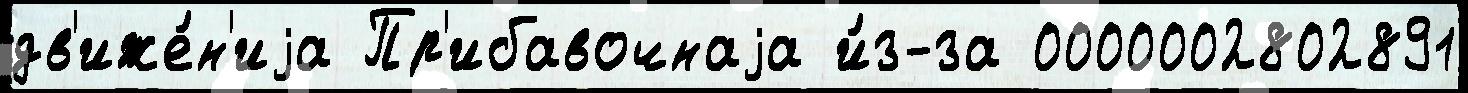
дв'иже́н'иjа Пр'ибавочнаjа и́з-за 0000002802891